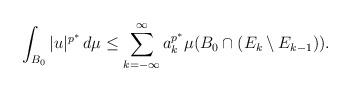
LaTeX: \begin{align*}\int_{B_0}\vert u\vert^{p^*}\,d\mu\leq\sum_{k=-\infty}^{\infty}a_k^{p^*}\mu(B_0\cap (E_k\setminus E_{k-1})).\end{align*}